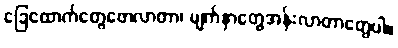
ခြေထောက်တွေဖောလာတာ၊ မျက်နှာတွေအန်းလာတာတွေပါ။